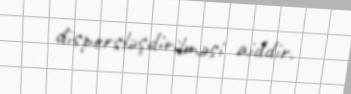
dispersləşdirilməsi aiddir.